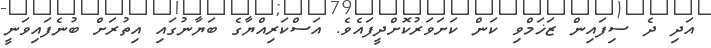
އަދި ދެ ސިފައިން ޒަޚަމްވި ކަން ކަށަވަރުކޮށްދީފައެވެ. އަސްކަރިއްޔާގެ ބަޔާނުގައި އިތުރަށް ބުނެފައިވަނީ